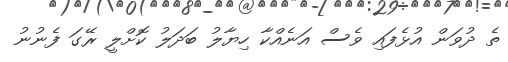
ތެ ދުވަން އުޅެފައި ވެސް އަނެއްކާ ހިޔާލު ބަދަލު ކޮށްލީ ރޭގަ ފެނުނު